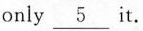
only \underline{5} it.